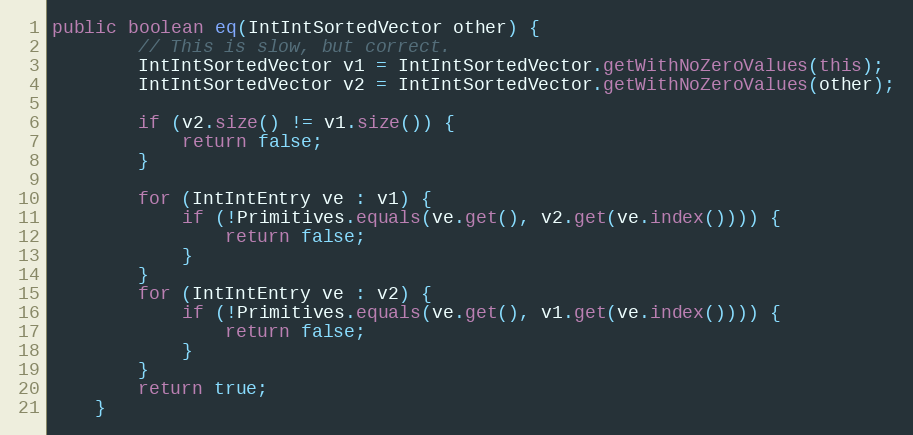
Language: Java
public boolean eq(IntIntSortedVector other) {
        // This is slow, but correct.
        IntIntSortedVector v1 = IntIntSortedVector.getWithNoZeroValues(this);
        IntIntSortedVector v2 = IntIntSortedVector.getWithNoZeroValues(other);

        if (v2.size() != v1.size()) {
            return false;
        }

        for (IntIntEntry ve : v1) {
            if (!Primitives.equals(ve.get(), v2.get(ve.index()))) {
                return false;
            }
        }
        for (IntIntEntry ve : v2) {
            if (!Primitives.equals(ve.get(), v1.get(ve.index()))) {
                return false;
            }
        }
        return true;
    }